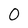
Character: 0